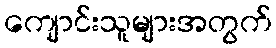
ကျောင်းသူများအတွက်